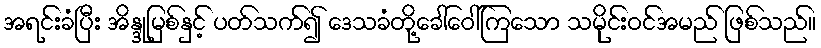
အရင်းခံပြီး အိန္ဒုမြစ်နှင့် ပတ်သက်၍ ဒေသခံတို့ခေါ်ဝေါ်ကြသော သမိုင်းဝင်အမည် ဖြစ်သည်။